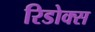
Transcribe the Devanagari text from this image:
रिडोक्स